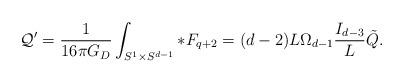
LaTeX: \begin{align*}{\cal Q}'={1\over 16\pi G_D}\int_{S^1\times S^{d-1}} *F_{q+2}=(d-2) L \Omega_{d-1} {I_{d-3}\over L}\tilde{Q}.\end{align*}